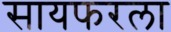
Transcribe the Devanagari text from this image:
सायफरला